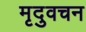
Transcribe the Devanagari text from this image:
मृदुवचन